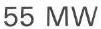
55 MW